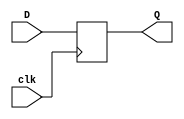
module dff_6 #(parameter W=1)
   (input wire[W-1:0] D, input clk, output reg[W-1:0] Q);
   always @(posedge clk)
     Q <= D;
endmodule